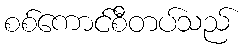
စစ်ကောင်စီတပ်သည်